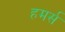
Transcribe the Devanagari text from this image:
हमर्स